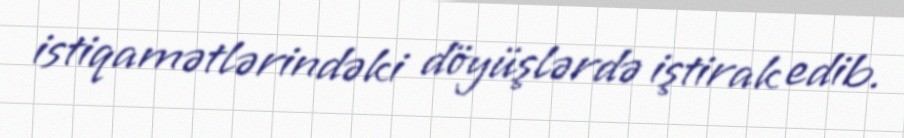
istiqamətlərindəki döyüşlərdə iştirak edib.